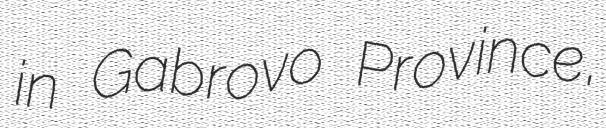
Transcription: in Gabrovo Province,